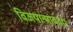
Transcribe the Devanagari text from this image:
विजयान्माद३०